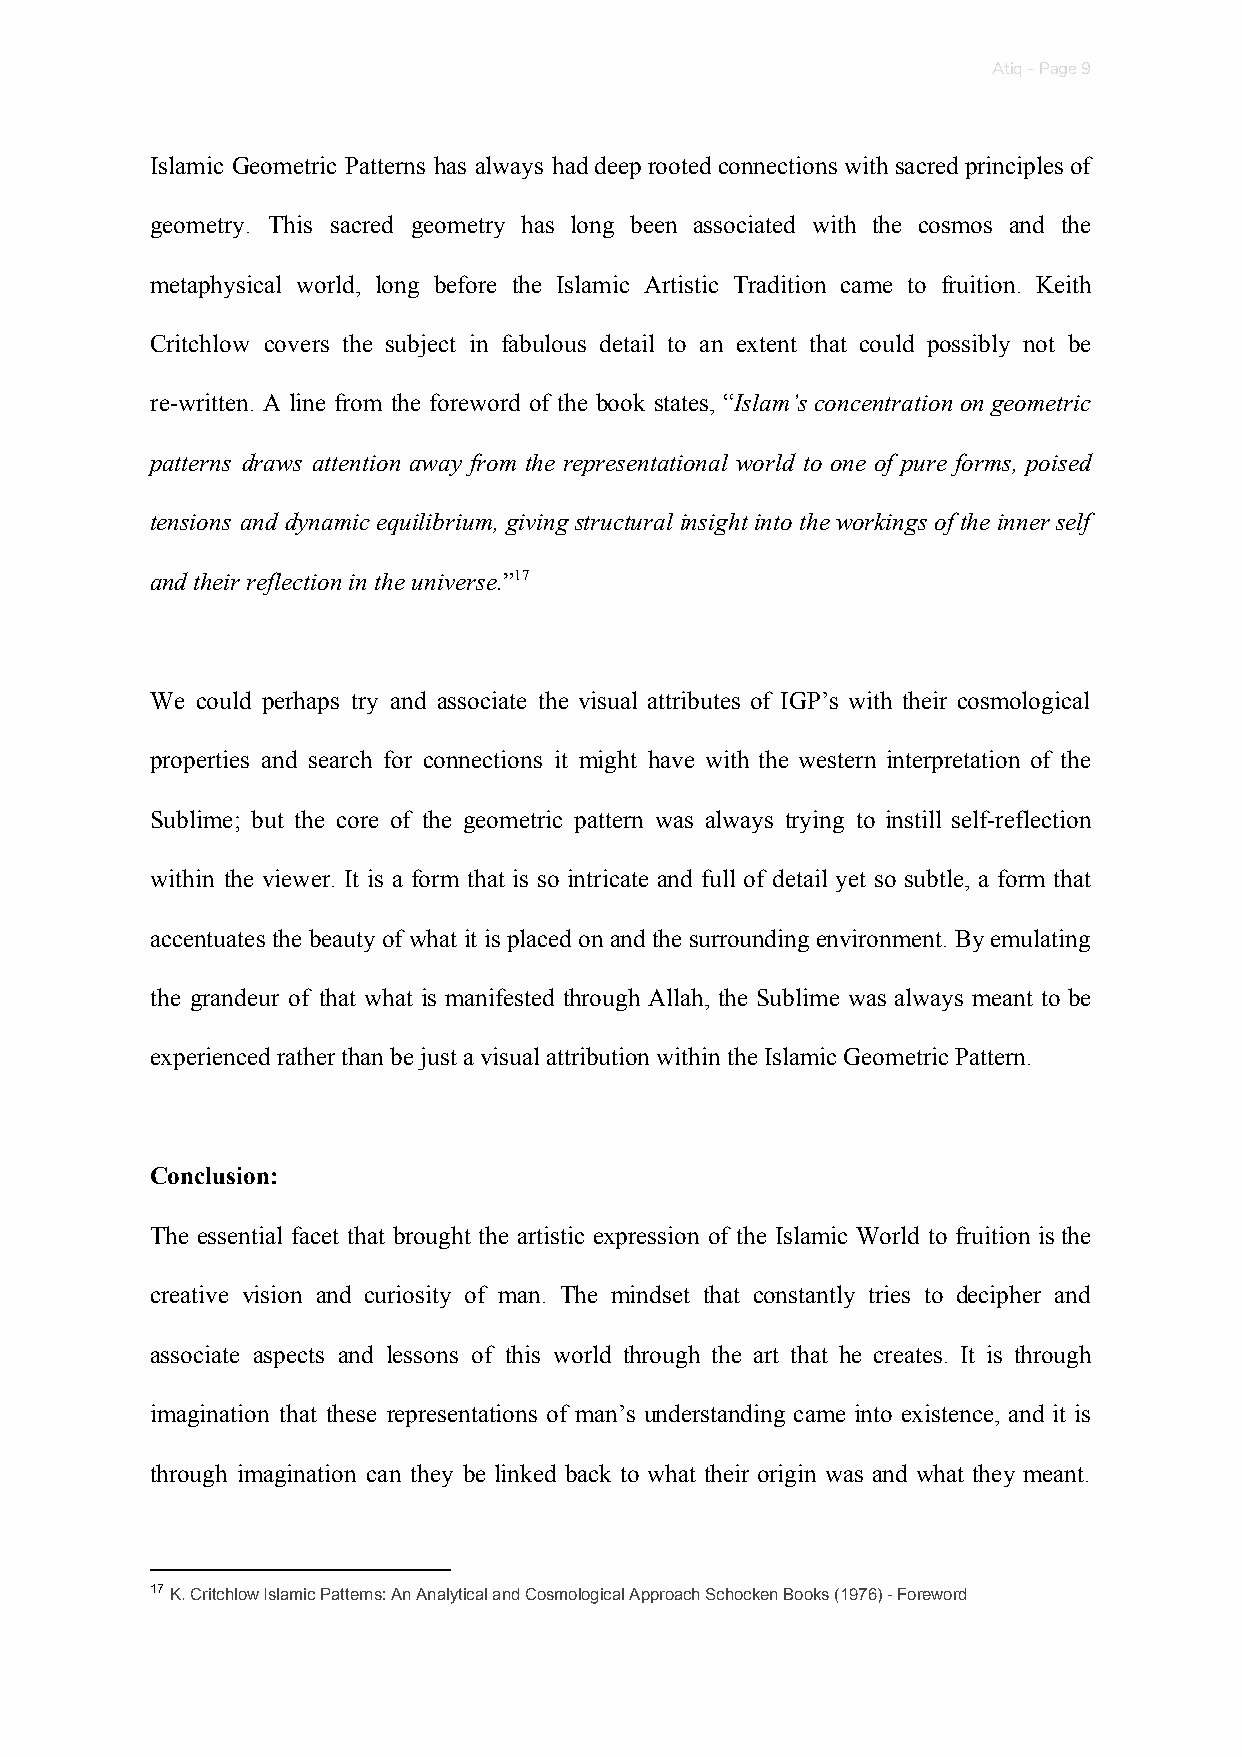
Atiq - Page 9
 Islamic Geometric Patterns has always had deep rooted connections with sacred principles of
 geometry. This sacred geometry has long been associated with the cosmos and the
 metaphysical world, long before the Islamic Artistic Tradition came to fruition. Keith
 Critchlow covers the subject in fabulous detail to an extent that could possibly not be
 re-written. A line from the foreword of the book states, “Islam’s concentration on geometric
 ​
 patterns draws attention away from the representational world to one of pure forms, poised
 tensions and dynamic equilibrium, giving structural insight into the workings of the inner self
 and their reflection in the universe.”17
 ​
 We could perhaps try and associate the visual attributes of IGP’s with their cosmological
 properties and search for connections it might have with the western interpretation of the
 Sublime; but the core of the geometric pattern was always trying to instill self-reflection
 within the viewer. It is a form that is so intricate and full of detail yet so subtle, a form that
 accentuates the beauty of what it is placed on and the surrounding environment. By emulating
 the grandeur of that what is manifested through Allah, the Sublime was always meant to be
 experienced rather than be just a visual attribution within the Islamic Geometric Pattern.
 Conclusion:
 The essential facet that brought the artistic expression of the Islamic World to fruition is the
 creative vision and curiosity of man. The mindset that constantly tries to decipher and
 associate aspects and lessons of this world through the art that he creates. It is through
 imagination that these representations of man’s understanding came into existence, and it is
 through imagination can they be linked back to what their origin was and what they meant.
 17 K. Critchlow Islamic Patterns: An Analytical and Cosmological Approach Schocken Books (1976) - Foreword
 ​